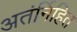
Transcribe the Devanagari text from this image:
अतंर्निहित